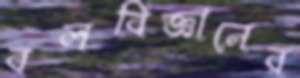
বলবিজ্ঞানের